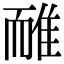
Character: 𨾿